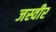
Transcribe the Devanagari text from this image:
जस्वीर